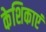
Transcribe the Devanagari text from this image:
केशिकाएं